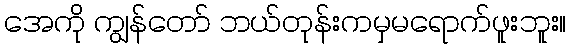
အေကို ကျွန်တော် ဘယ်တုန်းကမှမရောက်ဖူးဘူး။